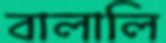
বালালি